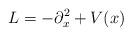
LaTeX: \begin{align*} L=-\partial_x^2+V(x)\end{align*}